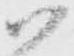
尉